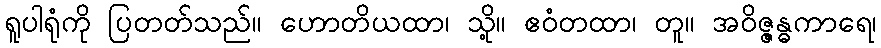
ရူပါရုံကို ပြတတ်သည်။ ဟောတိယထာ၊ သို့။ ဧဝံတထာ၊ တူ။ အဝိဇ္ဇန္ဓကာရေ၊